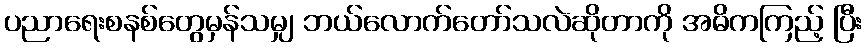
ပညာရေးစနစ်တွေမှန်သမျှ ဘယ်လောက်တော်သလဲဆိုတာကို အဓိကကြည့် ပြီး